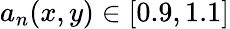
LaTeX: a_{n}(x,y)\in[0.9,1.1]